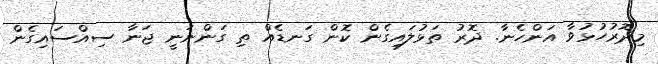
މިދޮރުހުޅުވާ އަންހެނާ. ދޮރު ތަޅުލައިގެން ކޮން ގަނޑެއް ތި ގަންނަނީ ޖަނާ ސިއްސައިގެން